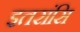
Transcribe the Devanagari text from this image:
इतरांसि